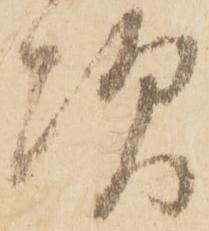
次